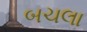
બચલા